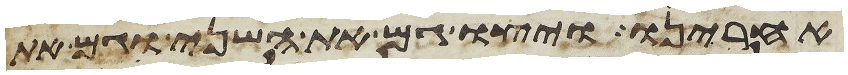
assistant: אחרינו ויצו גם את השני וגם את